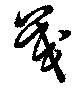
茂